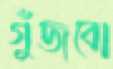
গুঁজবো